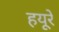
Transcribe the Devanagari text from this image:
हयूरे